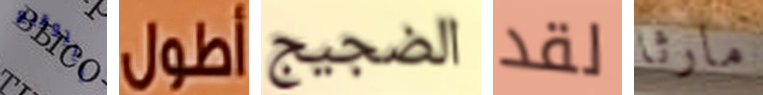
التوقيع أطول الضجيج لقد مارثا